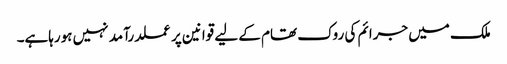
ملک میں جرائم کی روک تھام کے لیے قوانین پر عملدرآمد نہیں ہورہاہے۔